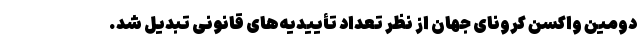
دومین واکسن کرونای جهان از نظر تعداد تأییدیه‌های قانونی تبدیل شد.